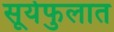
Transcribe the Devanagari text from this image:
सूर्यफुलात